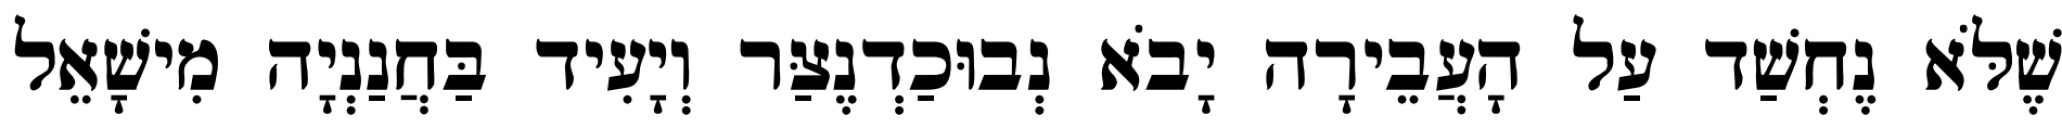
שֶׁלֹּא נֶחְשַׁד עַל הָעֲבֵירָה יָבֹא נְבוּכַדְנֶצַּר וְיָעִיד בַּחֲנַנְיָה מִישָׁאֵל